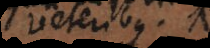
veteribus. II